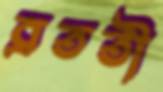
ব্রততী